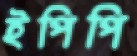
ইপিপি